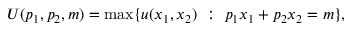
U ( p _ { 1 } , p _ { 2 } , m ) = \operatorname* { m a x } \{ \, \! u ( x _ { 1 } , x _ { 2 } ) { \mathrm { ~ } } : { \mathrm { ~ } } p _ { 1 } x _ { 1 } + p _ { 2 } x _ { 2 } = m \} ,